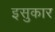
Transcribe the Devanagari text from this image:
इसुकार